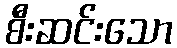
စီးဆင်းသော